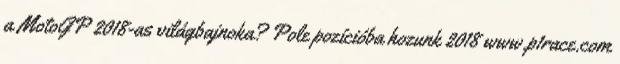
a MotoGP 2018-as világbajnoka? Pole pozícióba hozunk 2018 www.p1race.com